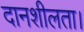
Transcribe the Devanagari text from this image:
दानशीलता।